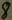
Text: 8